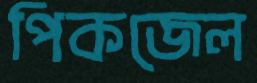
পিকজেল